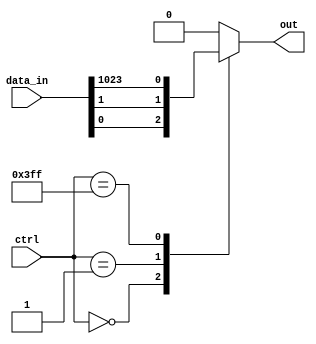
module mux_1024to1 (
    input [1023:0] data_in,
    input [9:0] ctrl,
    output reg out
);

always @* begin
    case(ctrl)
        10'd0: out = data_in[0];
        10'd1: out = data_in[1];
        // add more cases for each input signal
        10'd1023: out = data_in[1023];
        default: out = 0;
    endcase
end

endmodule